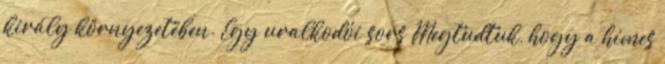
király környezetében. Egy uralkodói sors Megtudtuk, hogy a hímes